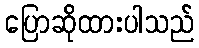
ပြောဆိုထားပါသည်